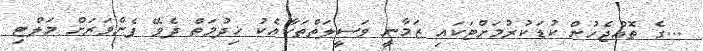
...ގެ ތޮއްޖެހުން ކުޑަކުރުމަށްޓަކައި ޒަމާނީ ވަސީލަތްތަކާއެކު ޚިދުމަތް ދެވޭ ފެންވަރަށް މަލްޓި